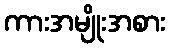
ကားအမျိုးအစား